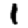
Digit: 1